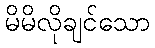
မိမိလိုချင်သော